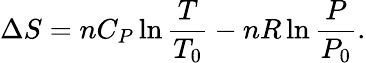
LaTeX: \Delta S=nC_{P}\ln{\frac{T}{T_{0}}}-nR\ln{\frac{P}{P_{0}}}.